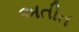
અતીત